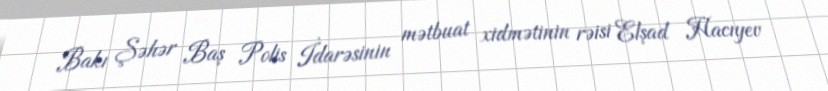
Bakı Şəhər Baş Polis İdarəsinin mətbuat xidmətinin rəisi Elşad Hacıyev